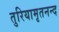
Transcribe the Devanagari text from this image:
तुरियामृतनन्द